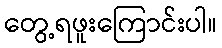
တွေ့ရဖူးကြောင်းပါ။